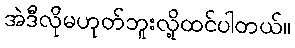
အဲဒီလိုမဟုတ်ဘူးလို့ထင်ပါတယ်။